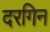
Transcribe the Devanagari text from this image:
दरगिन